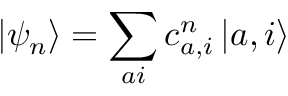
\left\vert \psi _ { n } \right\rangle = \sum _ { a i } c _ { a , i } ^ { n } \left\vert a , i \right\rangle